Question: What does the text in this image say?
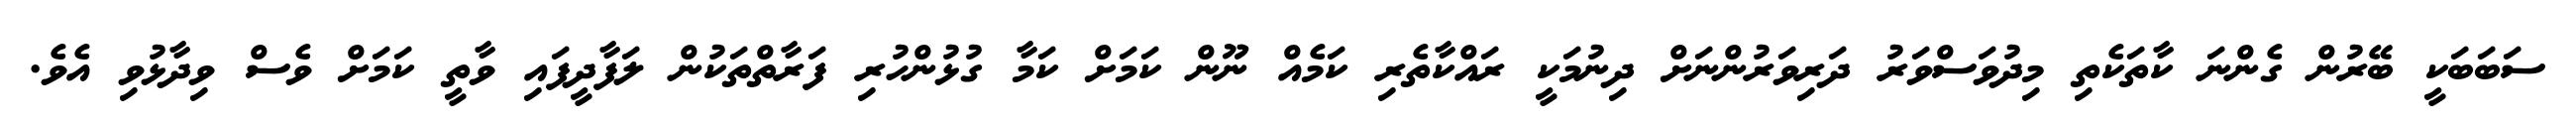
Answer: ސަބަބަކީ ބޭރުން ގެންނަ ކާތަކެތި މިދުވަސްވަރު ދަރިވަރުންނަށް ދިނުމަކީ ރައްކާތެރި ކަމެއް ނޫން ކަމަށް ކަމާ ގުޅުންހުރި ފަރާތްތަކުން ލަފާދީފައި ވާތީ ކަމަށް ވެސް ވިދާޅުވި އެވެ.